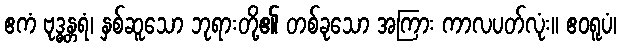
ဧကံ ဗုဒ္ဓန္တရံ၊ နှစ်ဆူသော ဘုရားတို့၏ တစ်ခုသော အကြား ကာလပတ်လုံး။ ဧဝရူပံ၊